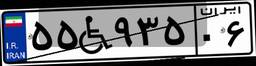
۵۵W۹۳۵۰۶